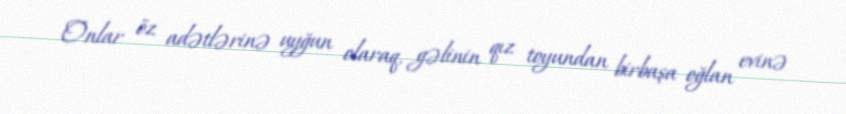
Onlar öz adətlərinə uyğun olaraq, gəlinin qız toyundan birbaşa oğlan evinə